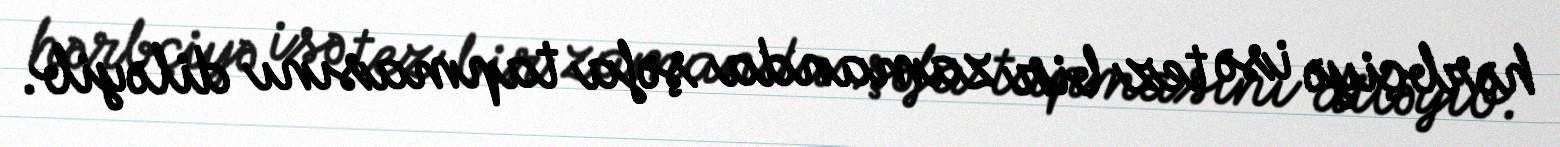
hərbçiyə isə tez bir zamanda şəfa tapmasını diləyib.